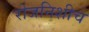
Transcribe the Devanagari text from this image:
रोजनिशीच